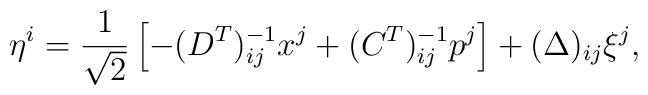
\eta^{i}=\frac{1}{\sqrt{2}}\left[-(D^{T})^{-1}_{ij}x^{j}+(C^{T})^{-1}_{ij}p^{j}\right]+(\Delta)_{ij}\xi^{j},